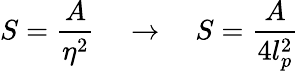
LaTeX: S=\frac{A}{\eta^{2}}\enspace\enspace\rightarrow\enspace\enspace S=\frac{A}{4l_{p}^{2}}